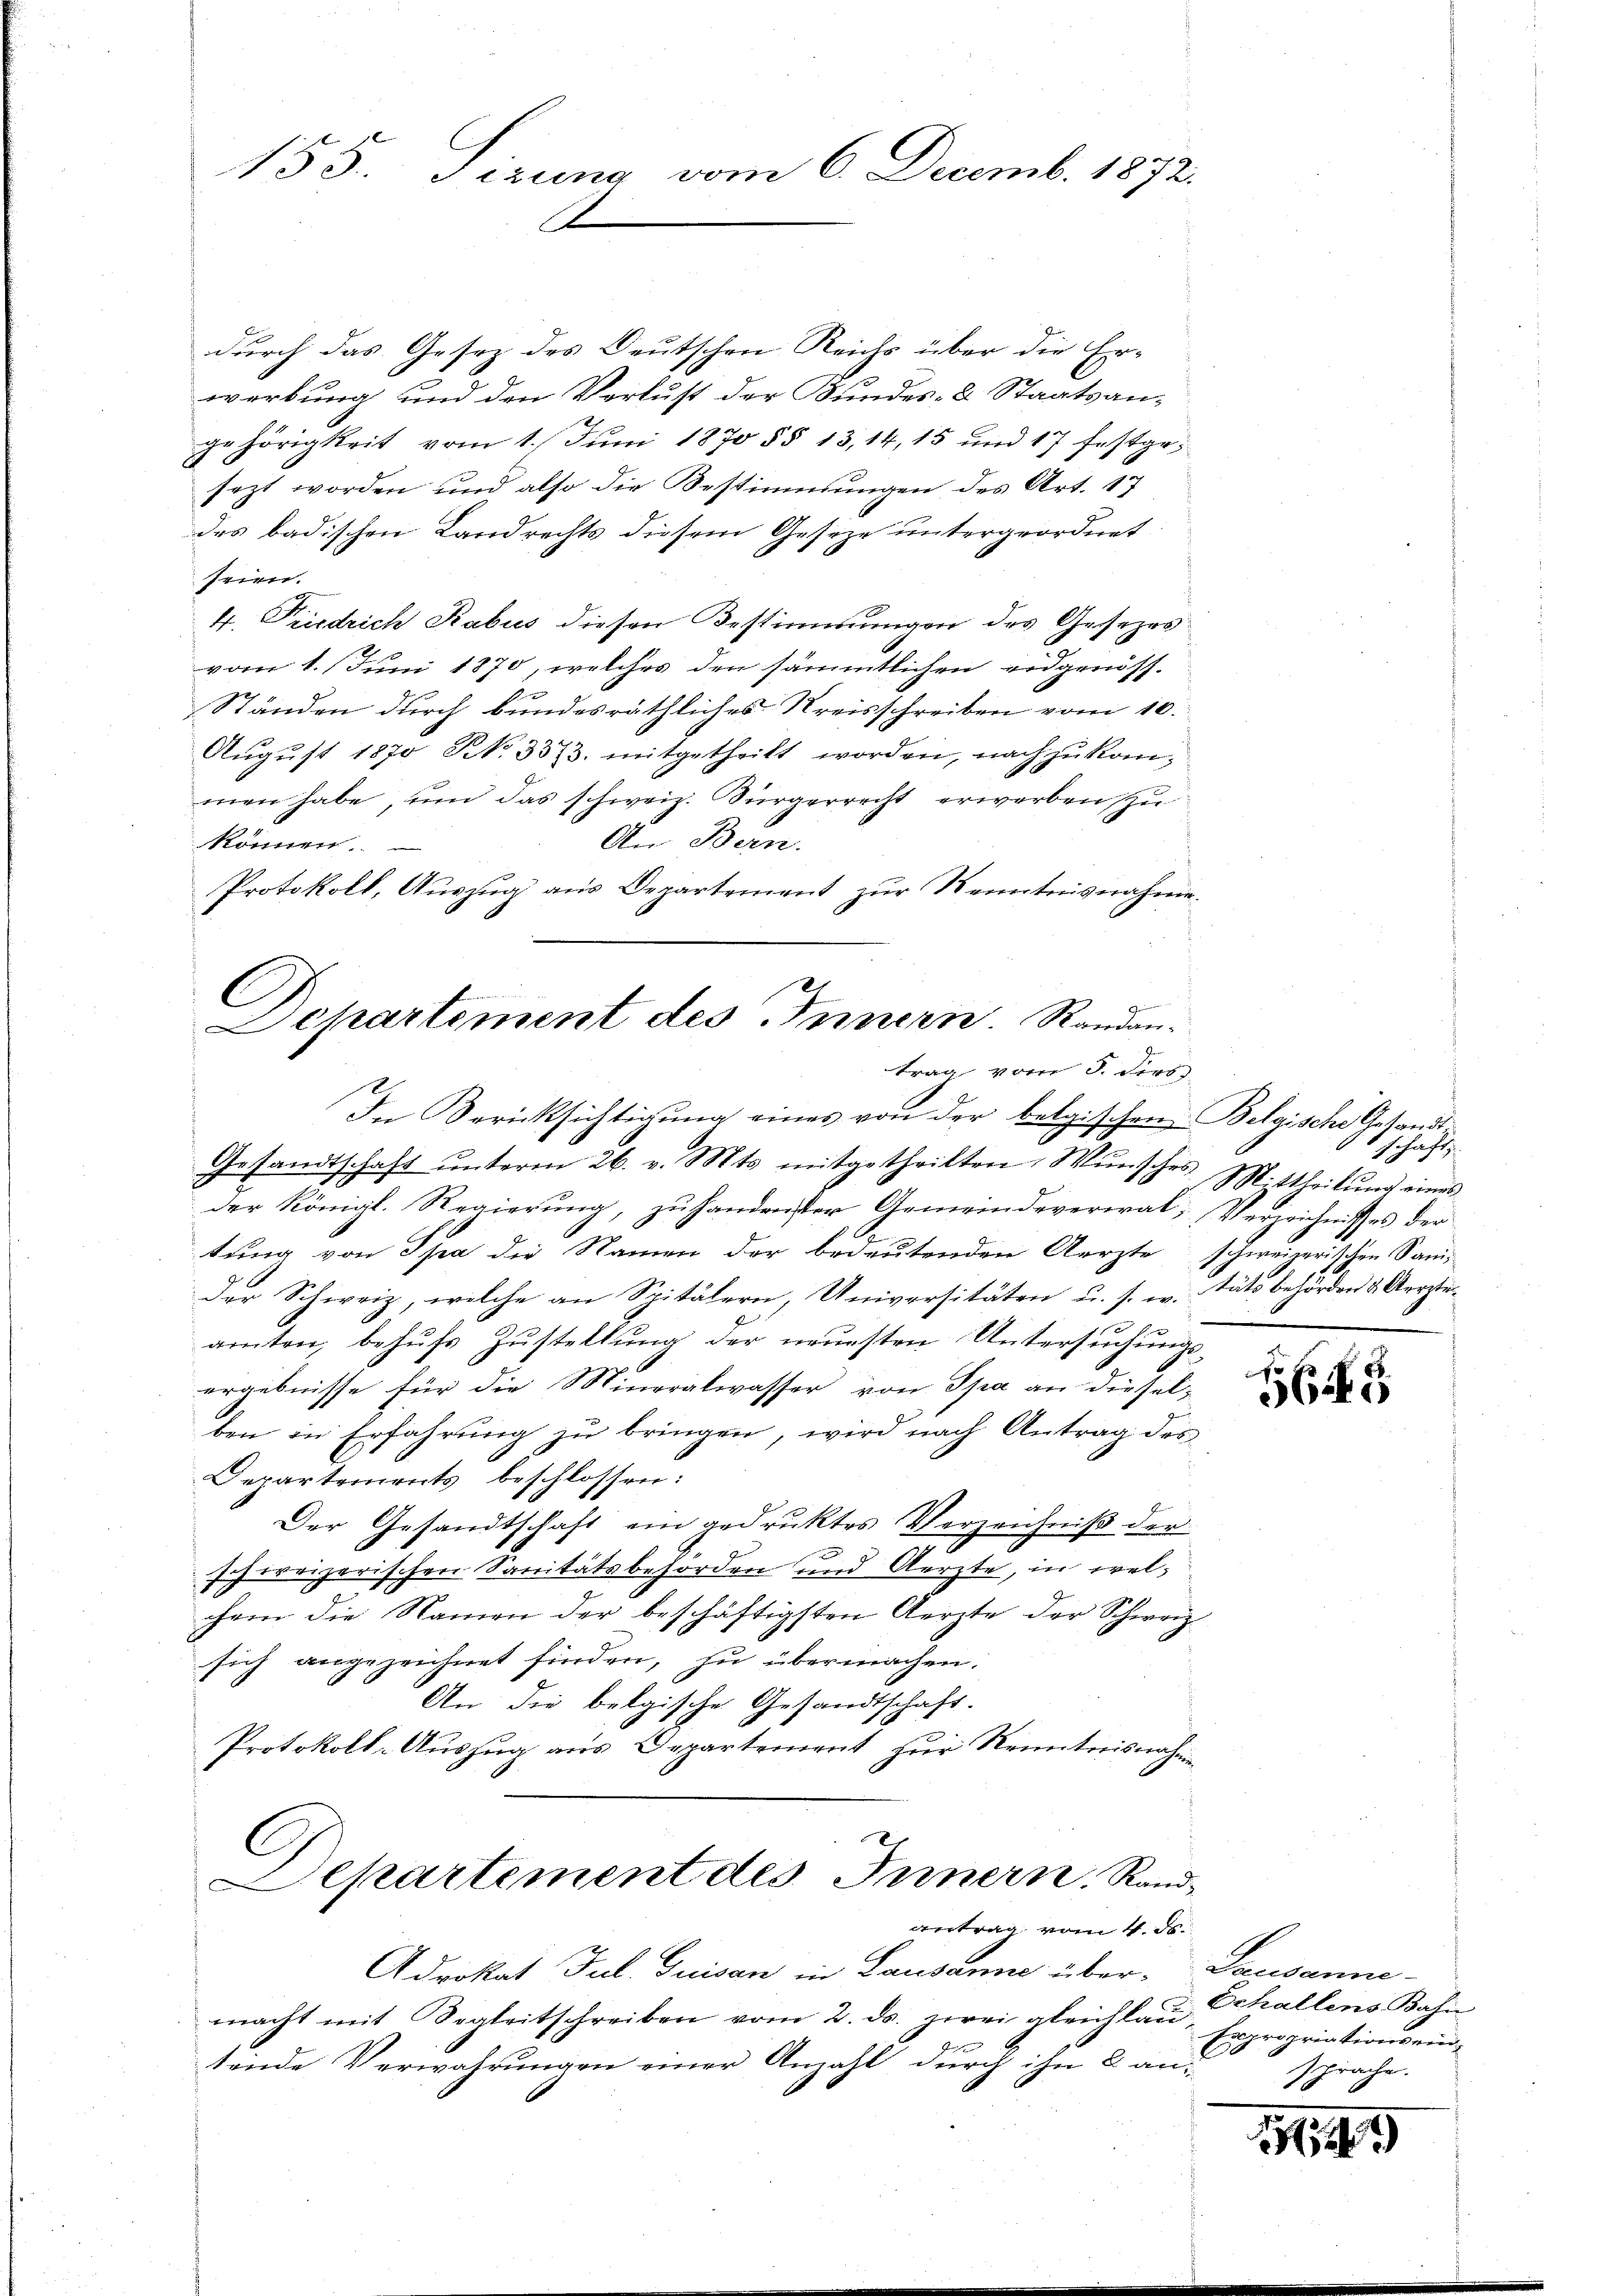
C
Departement des Innern. Randantrag vom 3. Fert

155. Sizung vom 6. Decemb. 1872.
A

durch das Gesez des Deutschen Reichs über die Er-
werbung und den Verlust der Bundes- & Staatsan-
gehörigkeit vom 1. Juni 1870 §§ 13,14, 15 und 17 festgesezt worden und also die Bestimmungen des Art. 17
des badischen Landrechts diesem Geseze untergeordnet
seien.
4. Piedrich Rabus diesen Bestimmungen des Gesezesvom 1. Juni 1870, welches den sämmtlichen eidgenöss¬
Ständen durch bundesräthliches Kreisschreiben vom 10.
August 1870 No. 3573. mitgetheilt worden, nach zukommen habe, um das schweiz. Sürgerrecht erwerben zu
An Bern.
können.
Protokoll, Auszug aus Departement zur Kenntnisnahme.

In Berücksichtigung eines von der belgischen Belgische Gesandt
Gesandtschaft unterm 26. v. Mts. mitgetheilten Wunsches M. theilung eines
der Königl. Regierung, zu handreister Gemeindeverwal; Verzeichnisses der
tung von Spa die Namen der bedeutenden Aerzte schweizerischen Sani-
der Schweiz, welche an Spitälern, Universitäten u. s. w. täts behörden & Aerzte
amten, behufs Zustellung der neuesten Untersuchungsergebnisse für die Mineralwasser von Spa an diesel-
ben in Erfahrung zu bringen, wird nach Antrag des
Departements beschlossen:
Der Gesandtschaft ein gedruktes Verzeichniß der
schweizerischen Sanitätsbehörden und Aerzte, in welchern die Namen der beschäftigsten Aerzte der Schweiz
sich angezeichnet finden, zu übermachen.
An die belgische Gesandtschaft.
Protokoll-Auszug aus Departement zur Renntnisnahmen

C
Departement des Innern Randantrag vom 4. ds.

Adrokat Jul. Quisan in Lausanne über-
macht mit Begleitschreiben vom 2. ds. zwei gleichlaue
tende Verwahrungen einer Anzahl durch ihn 2 an-

schäft

163

Lausanne
Echallens Bahn
sapropriationsein,
E
sprache.

1115

1)